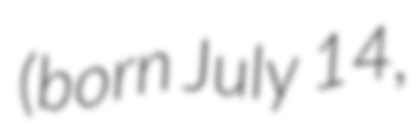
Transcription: (born July 14,